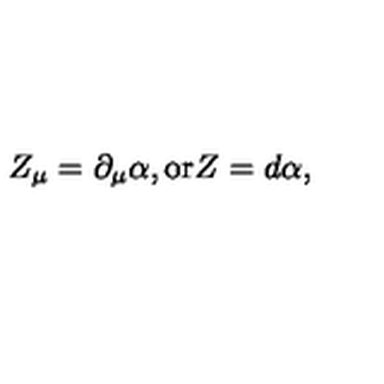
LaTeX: Z _ { \mu } = \partial _ { \mu } \alpha , \mathrm { o r } Z = d \alpha ,